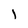
Character: l